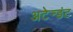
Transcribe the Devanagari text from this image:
अटेन्डंट